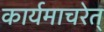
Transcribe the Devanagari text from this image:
कार्यमाचरेत्